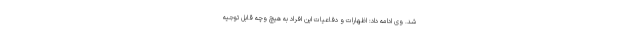
شد. وی ادامه داد: اظهارات و دفاعیات این افراد به هیچ وچه قابل توجیه